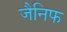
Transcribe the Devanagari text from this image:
जैनिफ